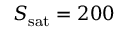
S _ { \mathrm { s a t } } = 2 0 0